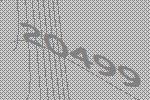
20499